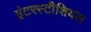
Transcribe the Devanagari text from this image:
इंटरस्टीशियल